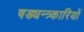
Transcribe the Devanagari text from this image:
षड्यन्त्र्कारियों